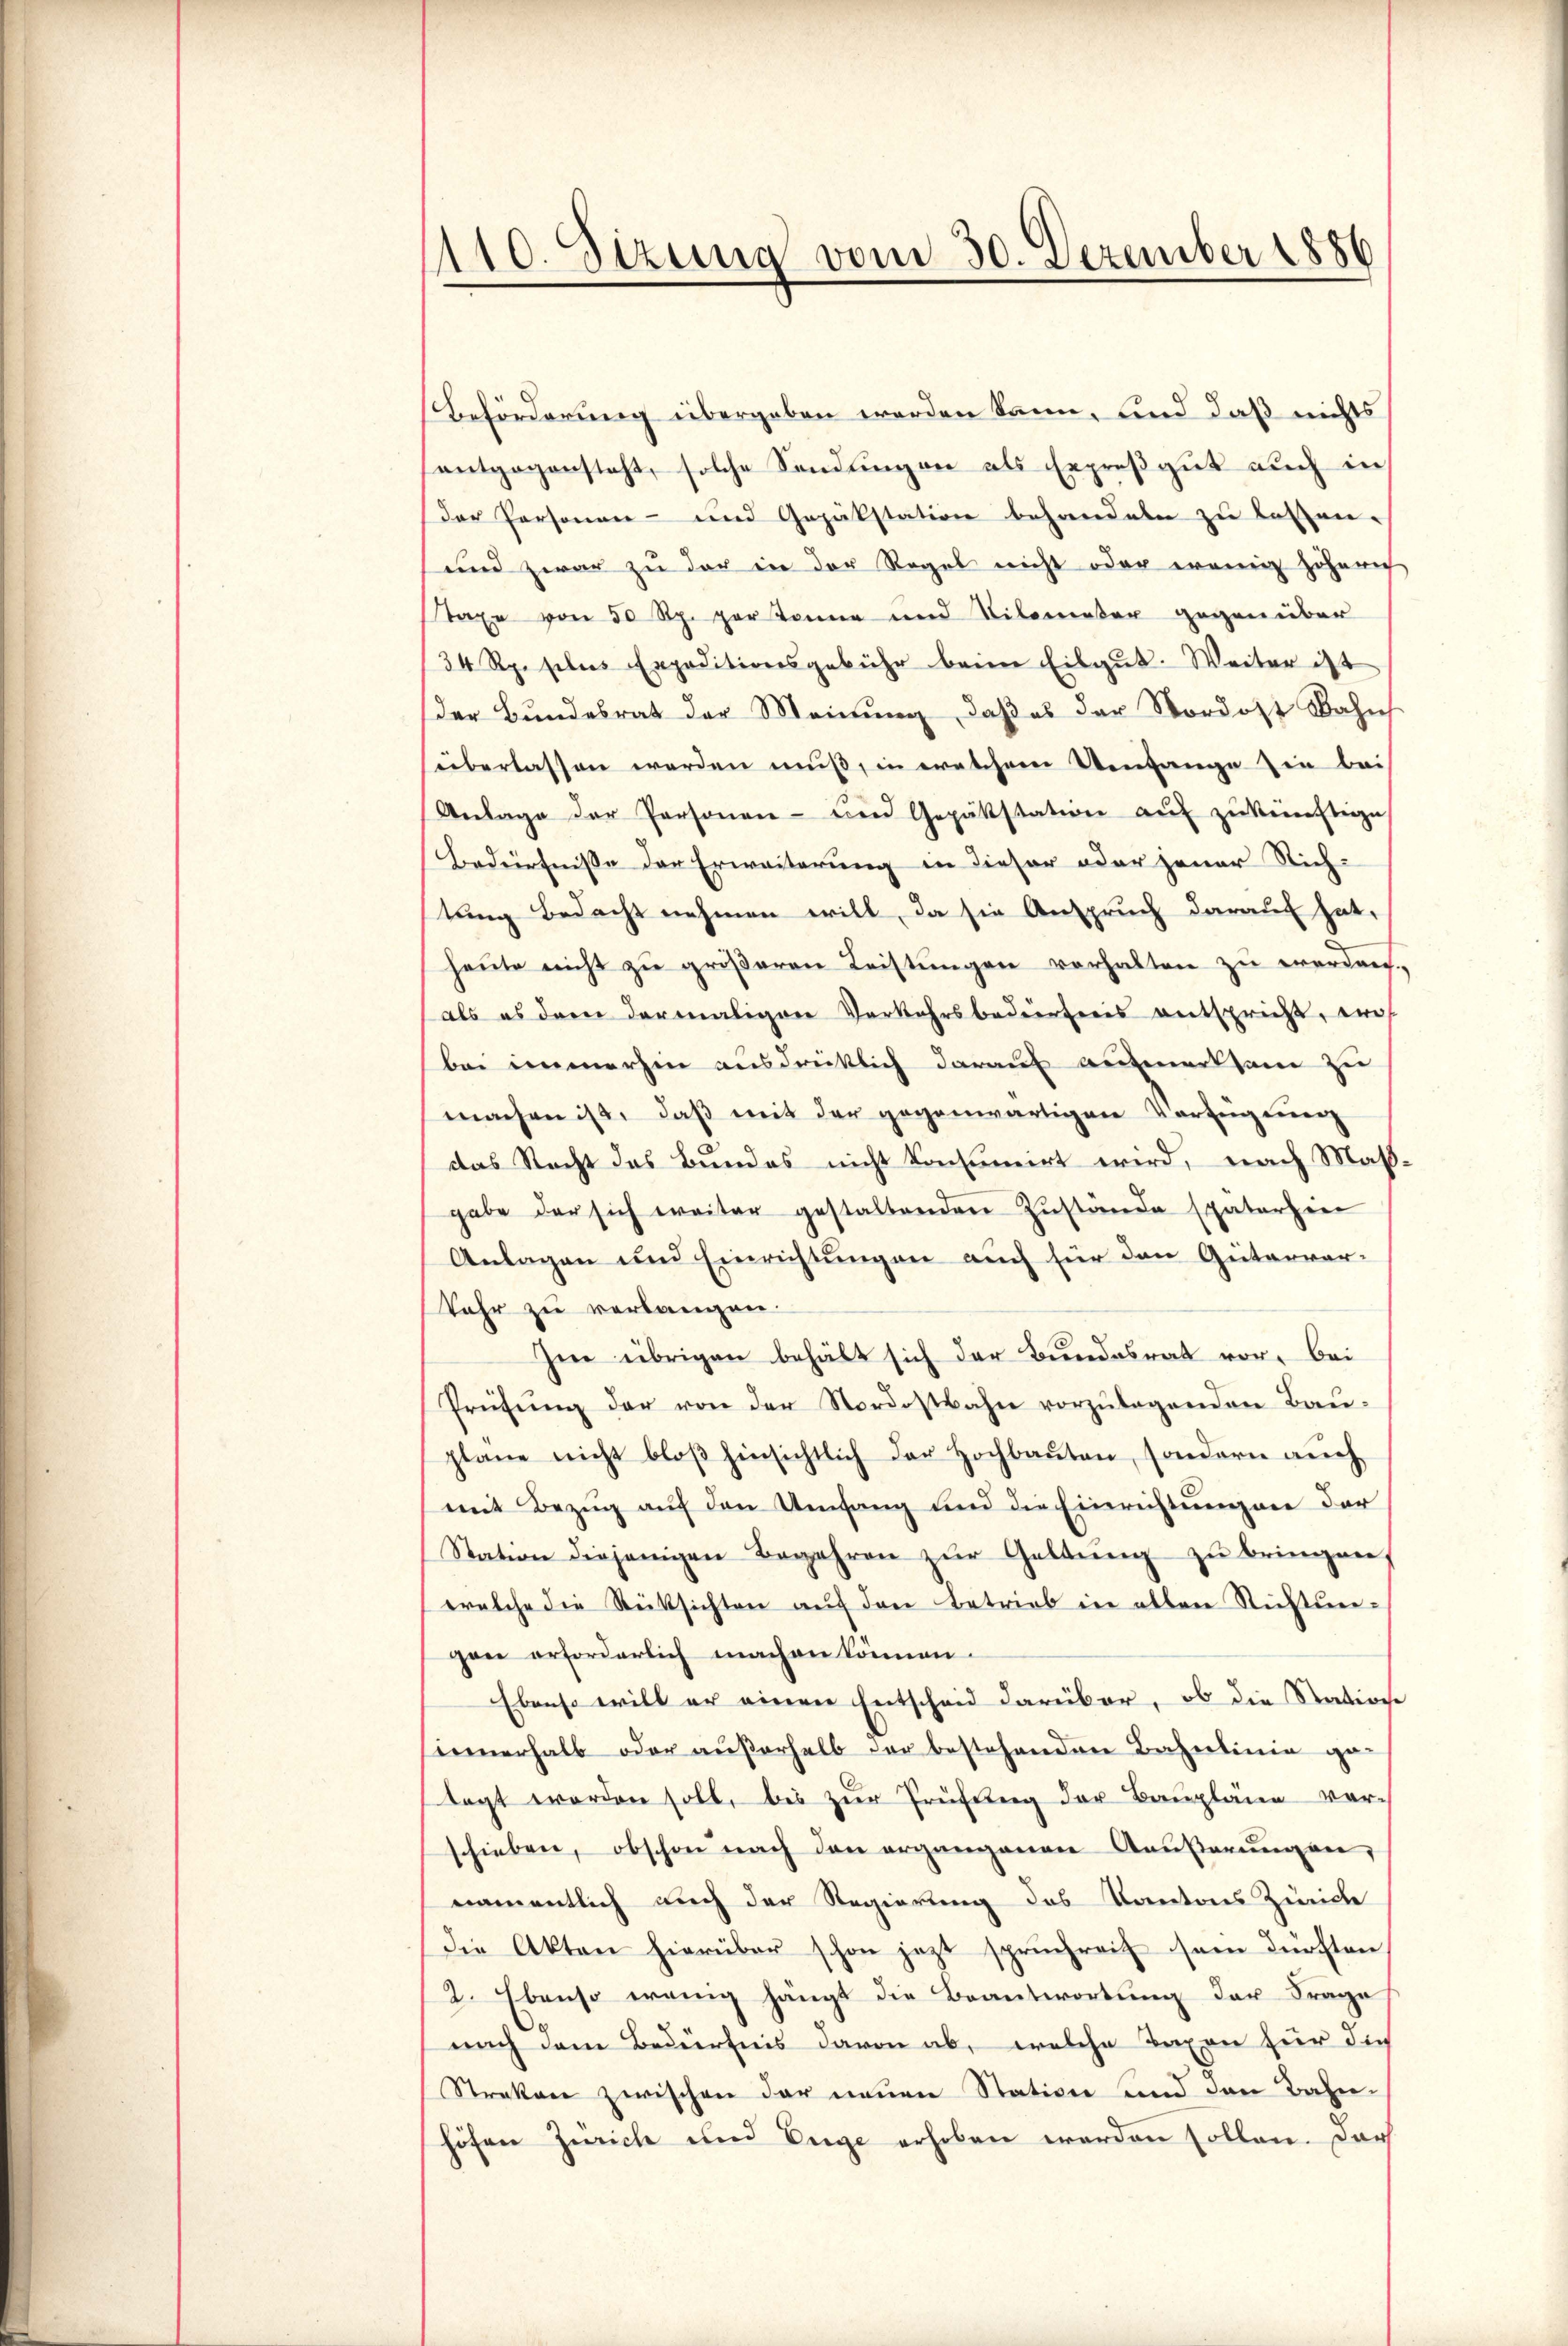
110. Sizung vom 30. Dezember 1886

Beförderung übergeben werden kann, und daß nichts
entgegensteht, solche Sendungen als Erpreßgut auch in
der Personen- und Gepäkstation behandeln zu lassen.
und zwar zu der in der Regel nicht oder wenig höhern
taxe von 50 Rp. per Tonne und Tilometer gegen über
34 Rp. selis Expoditionsgebühr beim Eilgut. Weiter ist
der Bundesrat der Meinung, daß es der Nordost Bahn
überlassen werden muß, in welchem Umfange sie bei
Anlage der Personen- und Gepäkstation aŭf zŭkünftige
Bedürfnisse der Erweiterung in dieser oder jener Rich-
tung bedacht nehmen will, da sie Anspruch darauf hat,
heute nicht zu größeren Leistungen verhalten zu werden.
als es dann dermaligen Verkehrsbedürfnis entspricht, e
bei immerhin ausdrücklich darauf aufmerksam zu
machen ist, daß mit der gegenwärtigen Verfügung
das Recht das Bundes nicht konsumirt wird, nach Maßgabe der sich weiter gestaltenden Zŭstände späterhie
Anlagen und Einrichtungen auch für den Gütervor-
Jahr zu verlangen.
Im übrigen behält sich der Bundesrat vor. Bei
Prüfŭng der von der Nordostbahn vorzulegenden Bau-
plane nicht bloβ hinsichtlich der Hochbauten, sondern aŭch
mit Bezug auf den Umfang und die Einrichtungen der
Station diejenigen Begehren zŭr Geltŭng zŭ bringen,
welche die Rücksichten aŭf den Betrieb in allen Richtungane erforderlich machen können.
Ebenso will er einen Entscheid darüber, ob die Station
innerhalb oder außerhalb der bestehenden Bahnlinie gelagt worden soll, bis zur Prüfung der Baupläne verschieben, obschon nach den ergangenen Außerungen,
namentlich nach der Regierung des Kantons Zürich
die Akten hierüber schon jezt spruchreif sein dürften
2. Ebenso wenng hängt die Beantwortung der Frage
nach dem Bedürfnis davon ab, welche Taxen für die
Streken zwischen der neuen Station und den Bahnhöfen Zürich und Enge erhoben werden sollen. Dar